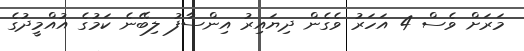
މަރަށް ވެސް 4 އަހަރު ވެގެން ދިޔައިރު އިންސާފު ލިބޭނެ ކަމުގެ އުއްމީދުގެ